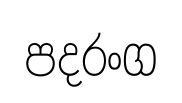
පදරංග